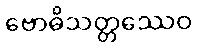
ဗောဓိသတ္တဿေဝ